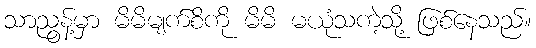
သာညွန့်မှာ မိမိမျက်စိကို မိမိ မယုံသကဲ့သို့ ဖြစ်နေသည်။